system: You are a helpful assistant.
user:
Analyze the provided spectrum to determine if it is a **M-type Giant (gM)**.

A M-type Giant spectrum is defined by its **strong molecular absorption** features, particularly from **Titanium Oxide (TiO)**. You must check for one of the following mutually exclusive signatures:

- **Key Visual Indicators (Absorption-Dominated Spectrum):**

    - **(Primary):** The spectrum is dominated by strong molecular absorption from **Titanium Oxide (TiO)**. This is the **defining feature** of its M-type temperature class.
        - **(Key Bandheads):** Look for sharp, "saw-tooth" absorption valleys. The strongest are located near **~7050 Å**, **~6160 Å**, and **~5170 Å**.
        - **(Line Profile):** The "saw-tooth" morphology is critical: a **sharp, steep drop on the BLUE (short-wavelength) side** of the bandhead, followed by a gradual recovery (rising flux) towards the RED (long-wavelength) side.

    - **(Key Confirmation - Giant vs. Dwarf):** **ABSENCE** of strong **Calcium Hydride (CaH)** molecular bands. This is the primary diagnostic for *excluding* M-dwarfs.
        - **(Key Region):** The spectrum should lack the strong, broad absorption band seen in dwarfs between **~6800 Å and ~7000 Å**.

    - **(Secondary Confirmation - Giant):** A very strong and broad **Neutral Calcium (Ca I)** atomic absorption line.
        - **(Key Line):** Located at **~4226 Å**. In a giant (gM), this line is significantly deeper and broader than the same line in an M-dwarf (dM) due to low surface gravity.

    - **(Overall Spectrum):**
        - The continuum is **extremely red-sloping** (i.e., flux is very low in the blue and rises dramatically towards the red).
        - The entire spectrum appears "chopped up" by the deep TiO bands.

Think first, call **spectral_visualization_tool** if needed to examine features in detail, then provide your final answer. Your response must adhere to the following strict rules:
1.  **Overall Structure:** Your response must follow the format `<think>...</think> <tool_call>...</tool_call> (if a tool is used) <answer>...</answer>`.
2.  **Tool Usage Constraint:** You may only make **one** tool call per turn.
3.  **Final Answer Format:** In the `<answer>` tag, your conclusion must be inside a `\boxed{}` command (e.g., `\boxed{YES}` or `\boxed{NO}`), followed by your justification.

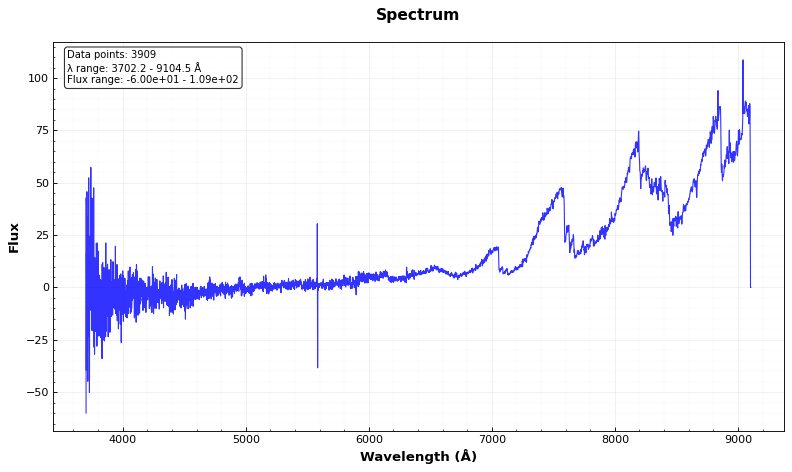
Answer: YES